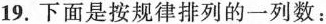
19.下面是按规律排列的一列数：